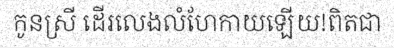
កូនស្រី ដើរលេងលំហែកាយឡើយ!ពិតជា